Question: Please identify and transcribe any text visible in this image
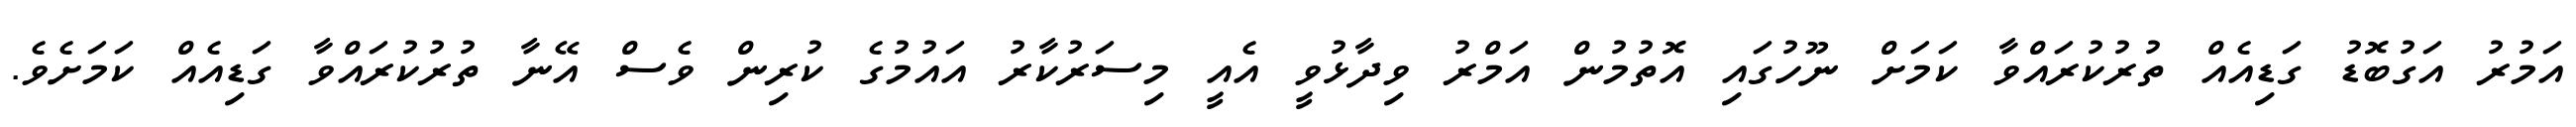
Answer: އަމުރު އަގުބޮޑު ގަޑިއެއް ތުރުކުރައްވާ ކަމަށް ނޫހުގައި އޮތުމުން އަމްރު ވިދާޅުވީ އެއީ މިސަރުކާރު އައުމުގެ ކުރިން ވެސް އޭނާ ތުރުކުރައްވާ ގަޑިއެއް ކަމަށެވެ.